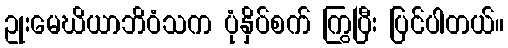
ဥုးမေဃိယာဘိဝံသက ပုံနှိပ်စက် ကြွပြီး ပြင်ပါတယ်။